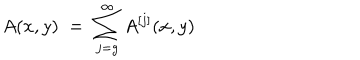
A ( x , y ) \; = \; \sum _ { j = g } ^ { \infty } A ^ { [ j ] } ( x , y )